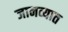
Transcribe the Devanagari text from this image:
जानव्यात